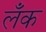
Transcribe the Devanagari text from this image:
लँक